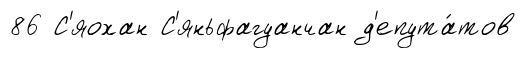
86 С'яохан С'яньфагуанчан д'епута́тов